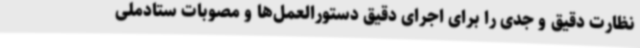
نظارت دقیق و جدی را برای اجرای دقیق دستورالعمل‌ها و مصوبات ستادملی